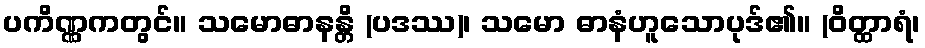
ပကိဏ္ဏကတွင်။ သမောဓာနန္တိ (ပဒဿ)၊ သမော ဓာနံဟူသောပုဒ်၏။ (ဝိတ္ထာရံ၊